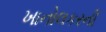
ખાનોલકરની